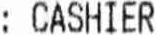
: CASHIER